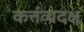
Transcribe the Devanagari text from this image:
कर्त्तव्यदक्ष